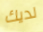
لديك